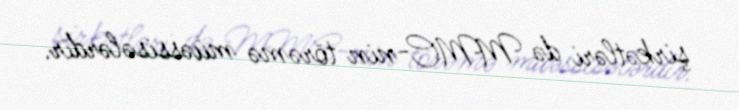
şirkətləri də MMC-nin törəmə müəssisələrdir.